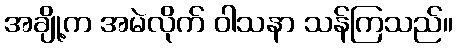
အချို့က အမဲလိုက် ဝါသနာ သန်ကြသည်။